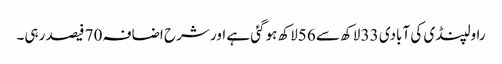
راولپنڈی کی آبادی 33 لاکھ سے 56لاکھ ہوگئی ہے اور شرح اضافہ 70 فیصد رہی۔